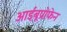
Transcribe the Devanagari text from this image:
आईबूप्रोफेन